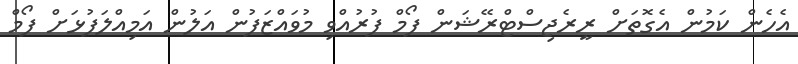
އެހެން ކަމުން އެގޮތަށް ރީރެޖިސްްޓްރޭޝަން ފޯމް ފުރުއްވި މުވައްޒަފުން އަލުން އަމިއްލަފުޅަށް ފޯމް